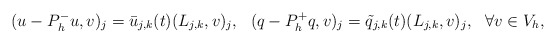
\begin{align*} (u-P_h^-u,v)_j=\bar{u}_{j,k}(t)(L_{j,k},v)_j,\ \ (q-P_h^+q,v)_j=\tilde{q}_{j,k}(t)(L_{j,k},v)_j,\ \ \forall v\in V_h,\end{align*}